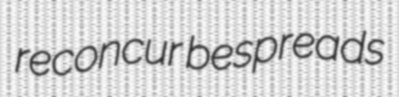
reconcur bespreads